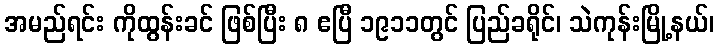
အမည်ရင်း ကိုထွန်းခင် ဖြစ်ပြီး ၈ ဧပြီ ၁၉၁၁တွင် ပြည်ခရိုင်၊ သဲကုန်းမြို့နယ်၊